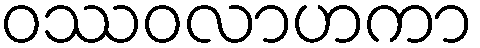
ဝဿဝလာဟကာ